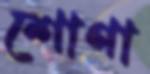
শোণা